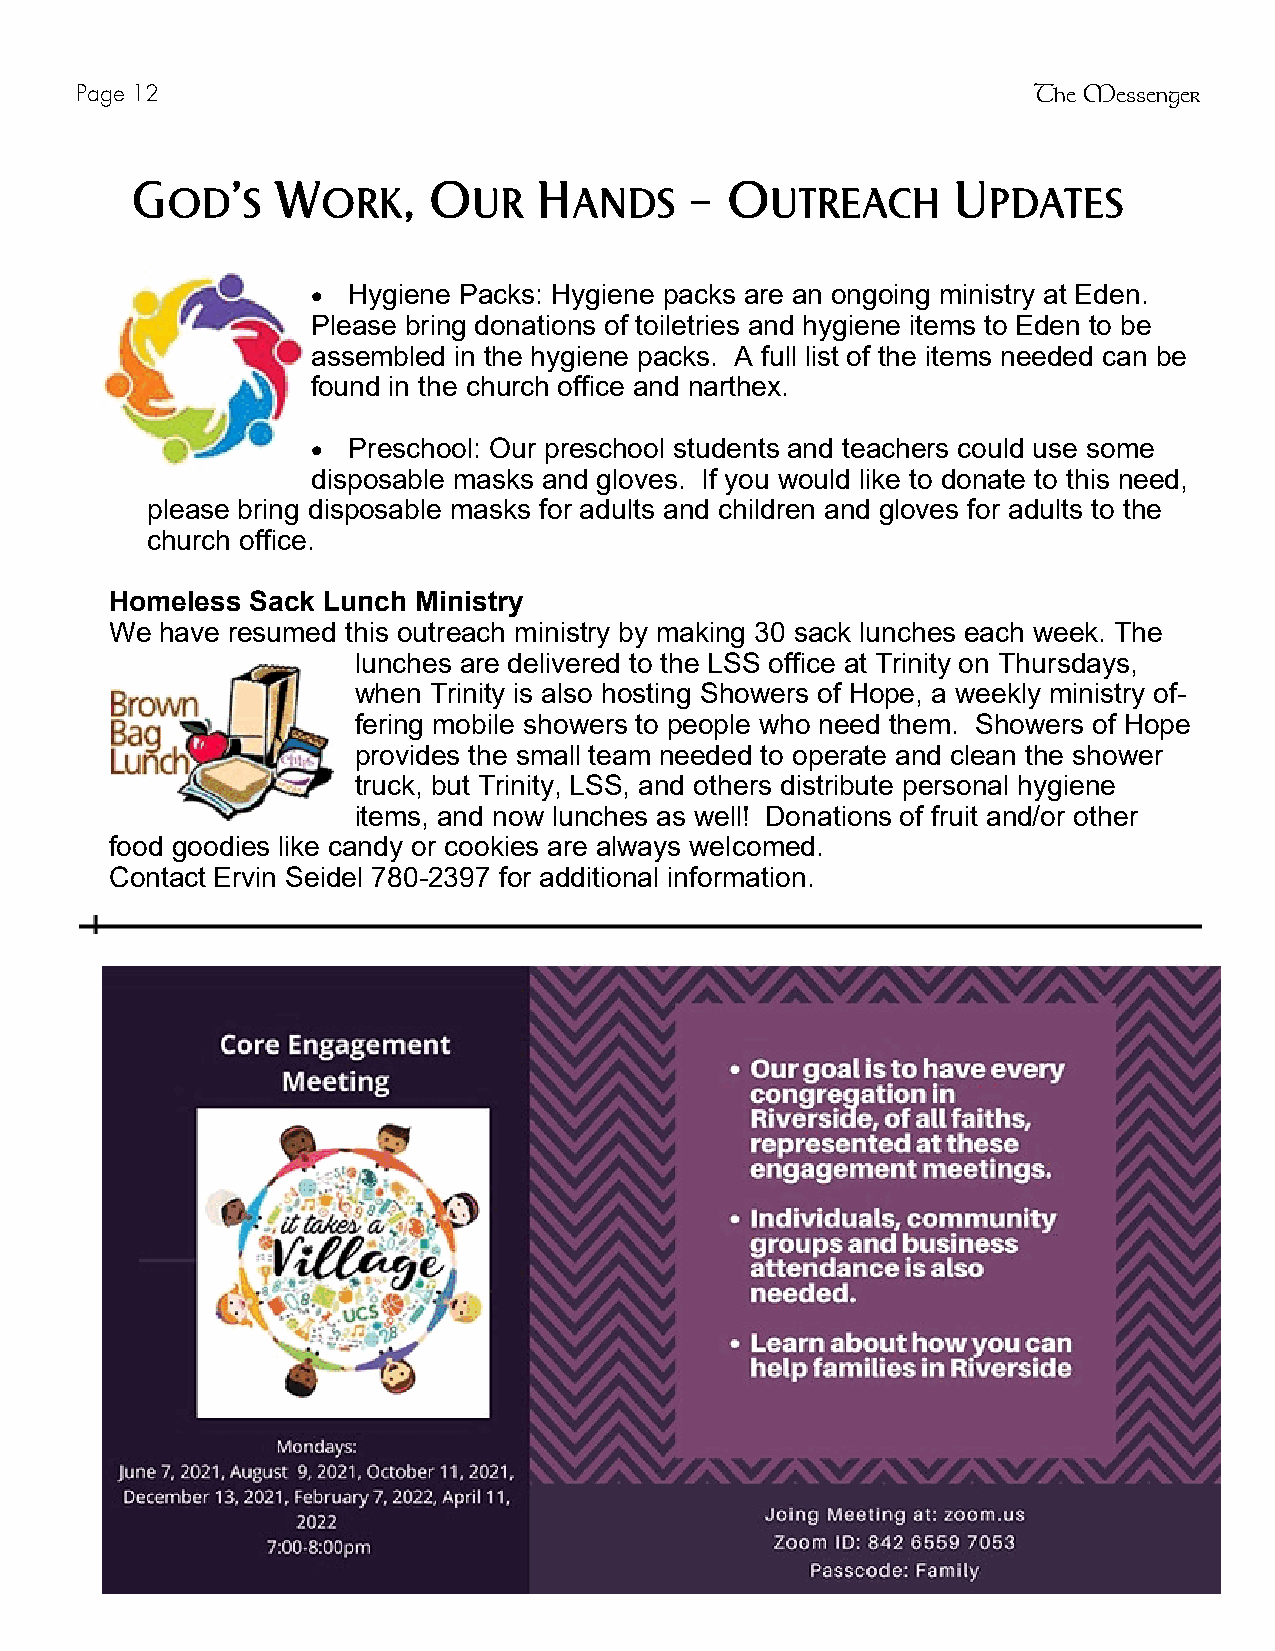
Page 12                                                        The Messenger
 G     ’  W        , O      H         – O              U
 OD   S    ORK       UR     ANDS         UTREACH       PDATES
 · Hygiene Packs: Hygiene packs are an ongoing ministry at Eden.
 Please bring donations of toiletries and hygiene items to Eden to be
 assembled in the hygiene packs. A full list of the items needed can be
 found in the church office and narthex.
 · Preschool: Our preschool students and teachers could use some
 disposable masks and gloves. If you would like to donate to this need,
 please bring disposable masks for adults and children and gloves for adults to the
 church office.
 Homeless  Sack Lunch Ministry
 We  have resumed this outreach ministry by making 30 sack lunches each week. The
 lunches are delivered to the LSS office at Trinity on Thursdays,
 when Trinity is also hosting Showers of Hope, a weekly ministry of-
 fering mobile showers to people who need them. Showers of Hope
 provides the small team needed to operate and clean the shower
 truck, but Trinity, LSS, and others distribute personal hygiene
 items, and now lunches as well! Donations of fruit and/or other
 food goodies like candy or cookies are always welcomed.
 Contact Ervin Seidel 780-2397 for additional information.